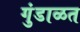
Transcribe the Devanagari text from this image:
गुंडाळत